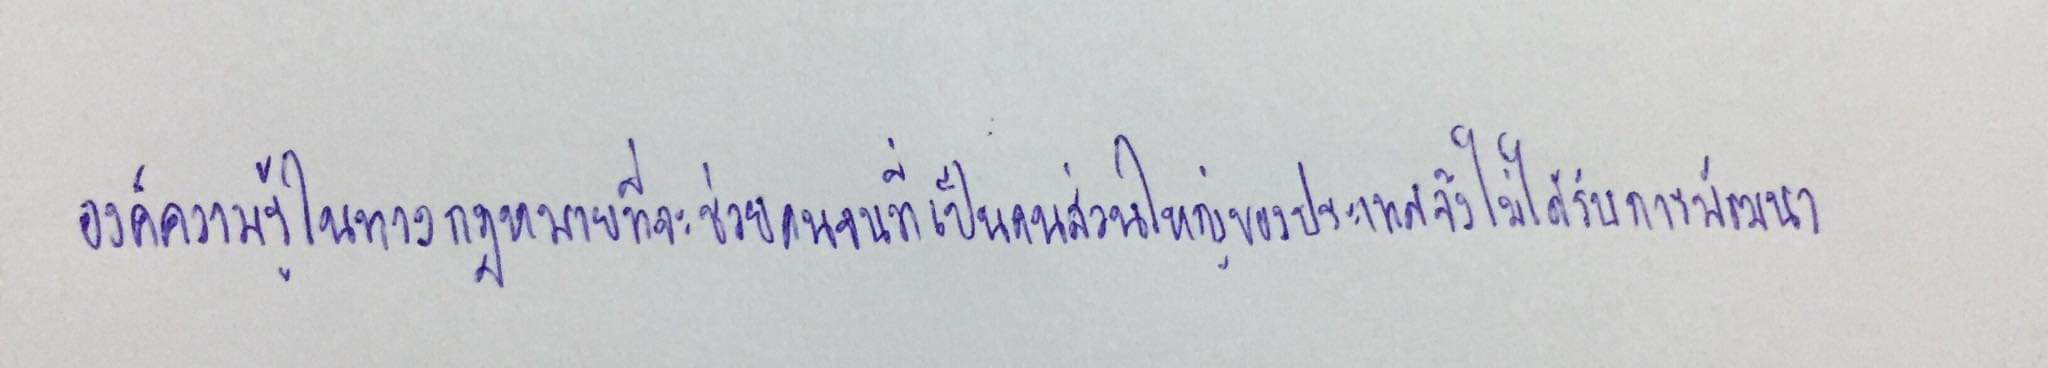
องค์ความรู้ในทางกฎหมายที่จะช่วยคนจนที่เป็นคนส่วนใหญ่ของประเทศจึงไม่ได้รับการพัฒนา